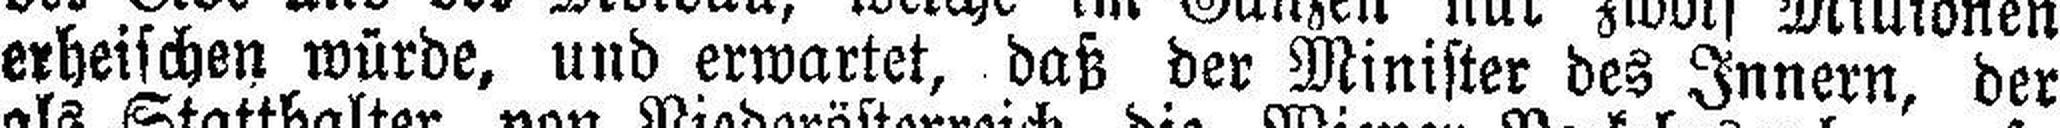
erheischen würde, und erwartet, daß der Minister des Innern, der